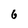
Character: 6